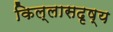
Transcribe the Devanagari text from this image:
किल्लासदृष्य